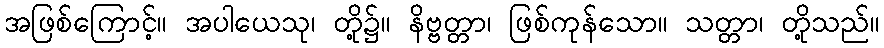
အဖြစ်ကြောင့်။ အပါယေသု၊ တို့၌။ နိဗ္ဗတ္တာ၊ ဖြစ်ကုန်သော။ သတ္တာ၊ တို့သည်။